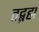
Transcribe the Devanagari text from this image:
तद्ब्रह्म